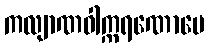
ကလျာဏဝါက္ကရဏောပေ